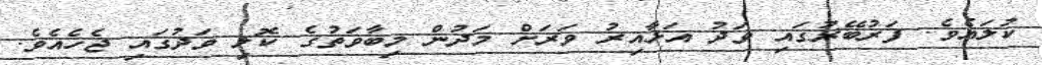
ކުލައެވެ. ފަރުބޭރުގައި ވަދު އަޅާއިރު ވަރަށް މަދުން މިބާވަތުގެ ކޮލި ވަދުގައި ޖެހެއެވެ.